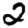
Digit: 2